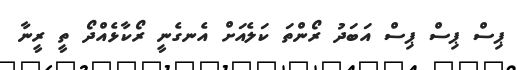
ޕިސް ޕިސް ޕިސް އަބަދު ރޯންތަ ކަލެއަށް އެނގެނީ ރޯކާޅެއްދޯ ތީ ރީނާ